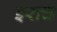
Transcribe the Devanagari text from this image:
इराच